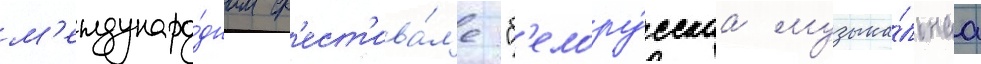
м'еждунаро́дном ф'ест'ива́л'е "б'елору́сскаа музыка́льнаа